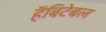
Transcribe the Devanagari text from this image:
हॅबिटेबल